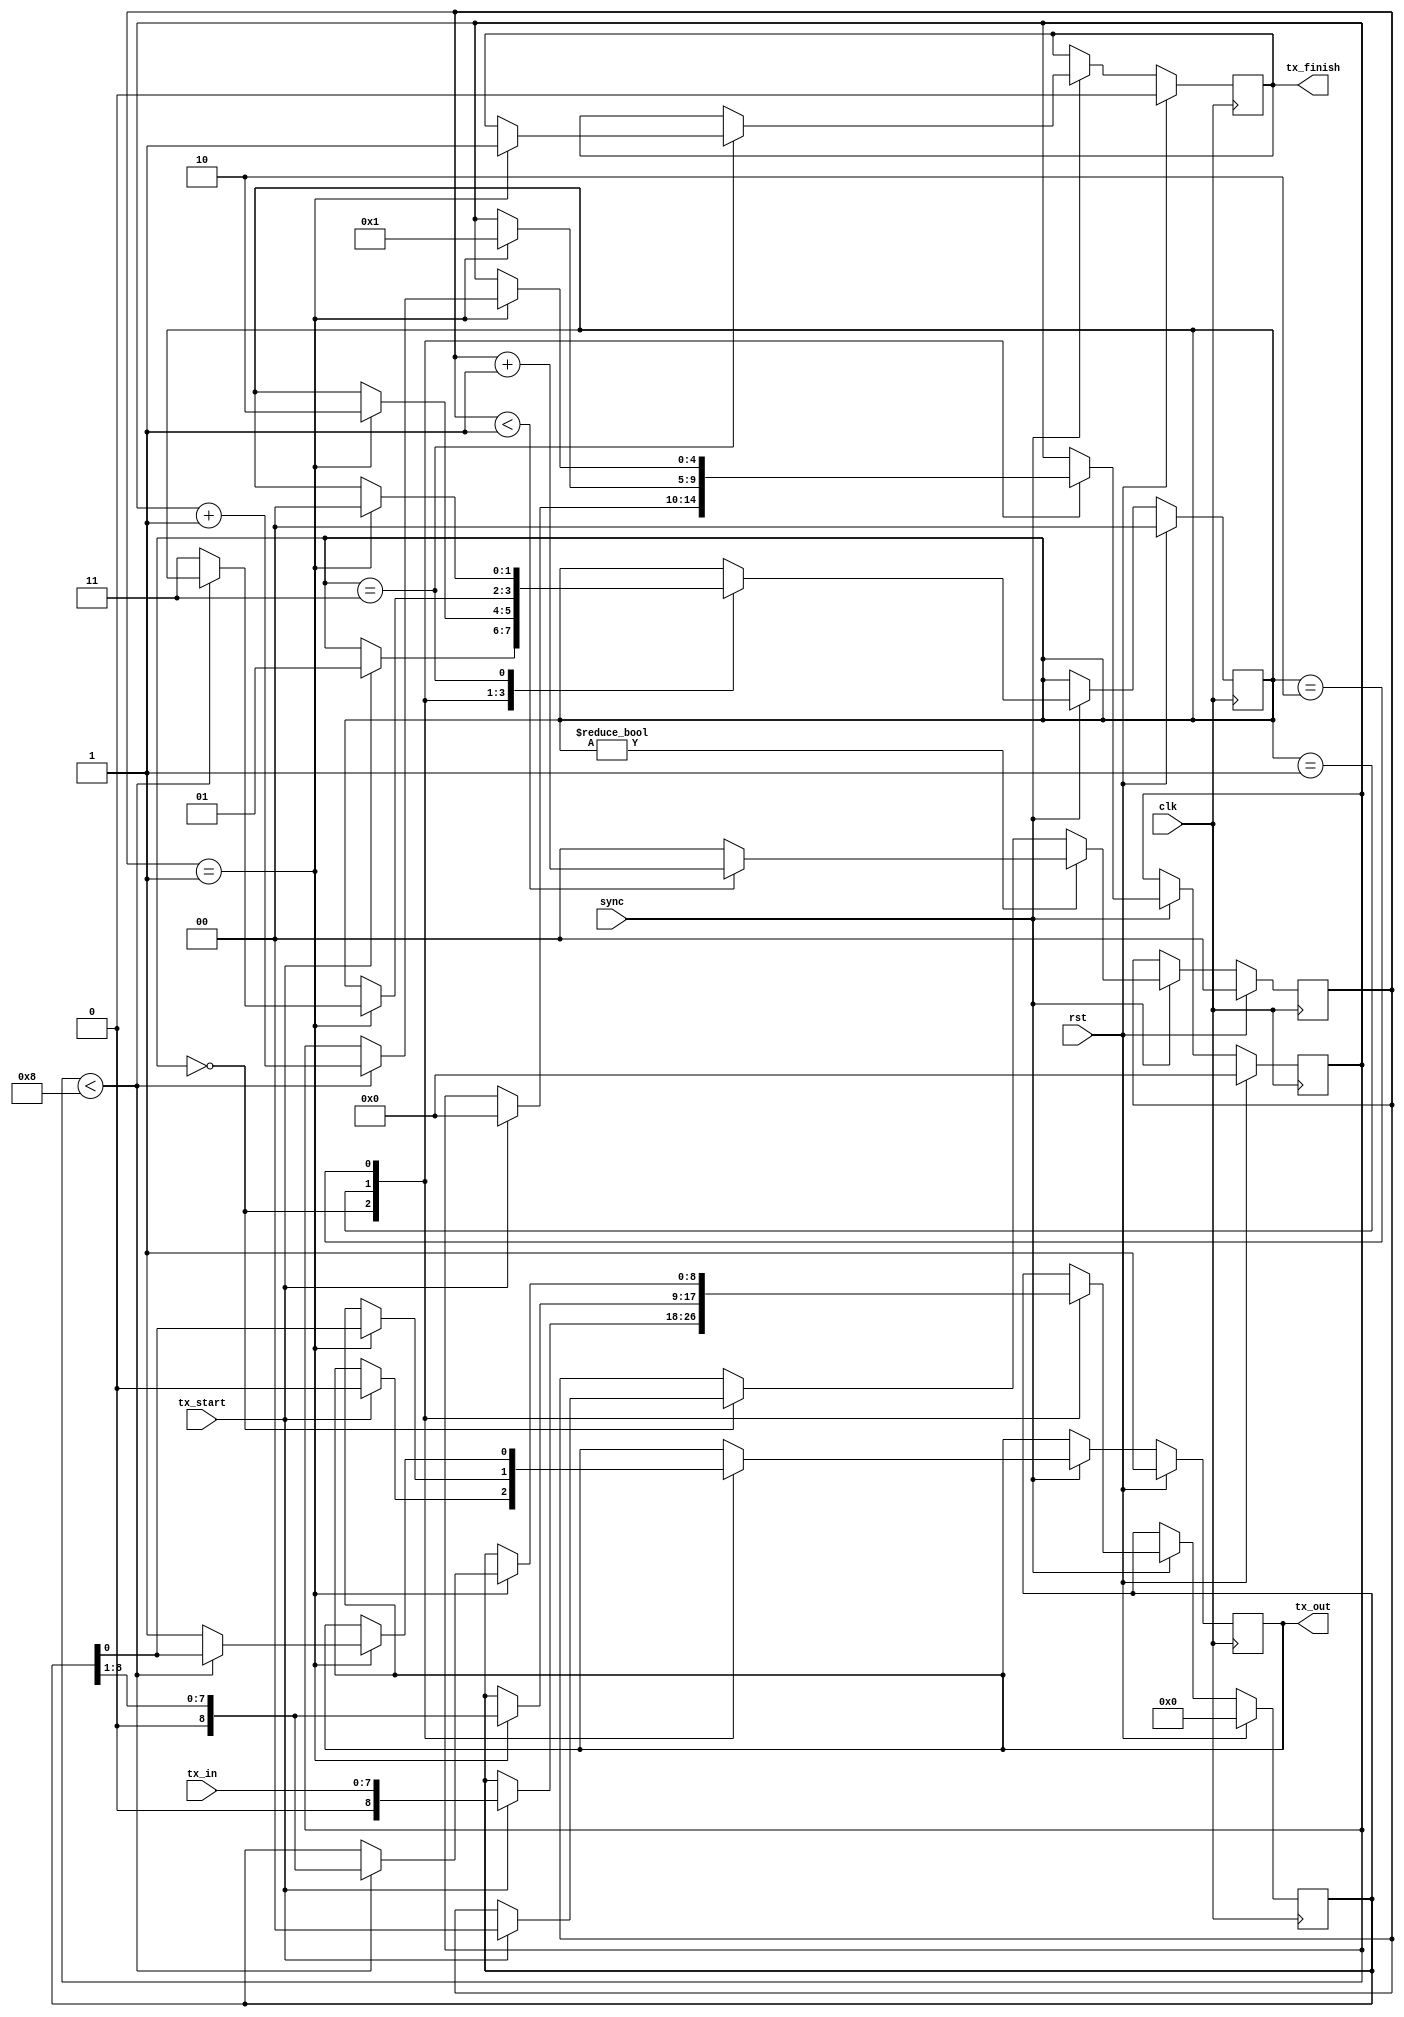
module uart_tx(input wire clk, input wire sync, input wire rst, input wire tx_start, input wire [7:0]tx_in, output reg tx_out, output reg tx_finish);
parameter [1:0]STATE_IDLE	= 2'b00;
parameter [1:0]STATE_TX_START	=2'b01;
parameter [1:0]STATE_TX_DATA	=2'b10;
parameter [1:0]STATE_TX_STOP	=2'b11;

reg [1:0]state;
reg [8:0]data;
reg [1:0]clk_count;
reg [4:0]bit_count;

always @(posedge clk)
begin
	if (rst)
	begin
		state <= STATE_IDLE;
		data <= 8'h00;
		tx_finish <= 0;
		clk_count <= 0;
		bit_count <= 0;
		tx_out <= 1;
	end
	else
	begin
	if (sync == 1)
	begin
		case (state)
		STATE_IDLE:
			if (tx_start)
			begin
				data <= tx_in;
				state <= STATE_TX_START;
				tx_out <= 0;
				bit_count <= 0;
				clk_count <= 0;
			end
		STATE_TX_START:
			if (clk_count == 2'b01)
			begin
				state <= STATE_TX_DATA;
				tx_out <= data[0];
				data <= data>>1;
				bit_count <= 1;
			end
		STATE_TX_DATA:
			if (clk_count == 2'b01)
				if (bit_count<8)
				begin
					tx_out <= data[0];
					data <= data>>1;
					bit_count <= bit_count + 5'h1;
				end
				else
				begin
					state <= STATE_TX_STOP;
					tx_out <= 1;
				end
		STATE_TX_STOP:
			if (clk_count == 2'b01)
			begin
				state <= STATE_IDLE;
				tx_finish <= 1;
			end
		endcase
    
	 //divide clock by 2
    if (state != STATE_IDLE)
        if (clk_count<1)
            clk_count <= clk_count + 2'b01;
        else
            clk_count <= 2'b00;
	  end
	end
end

endmodule